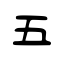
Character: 五